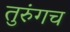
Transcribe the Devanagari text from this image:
तुरुंगच